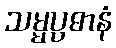
သမ္မပ္ပဓာနံ